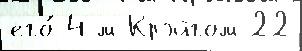
его́ 4-м Крэйгом 22